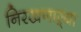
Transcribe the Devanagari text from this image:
निरखणाऱ्या